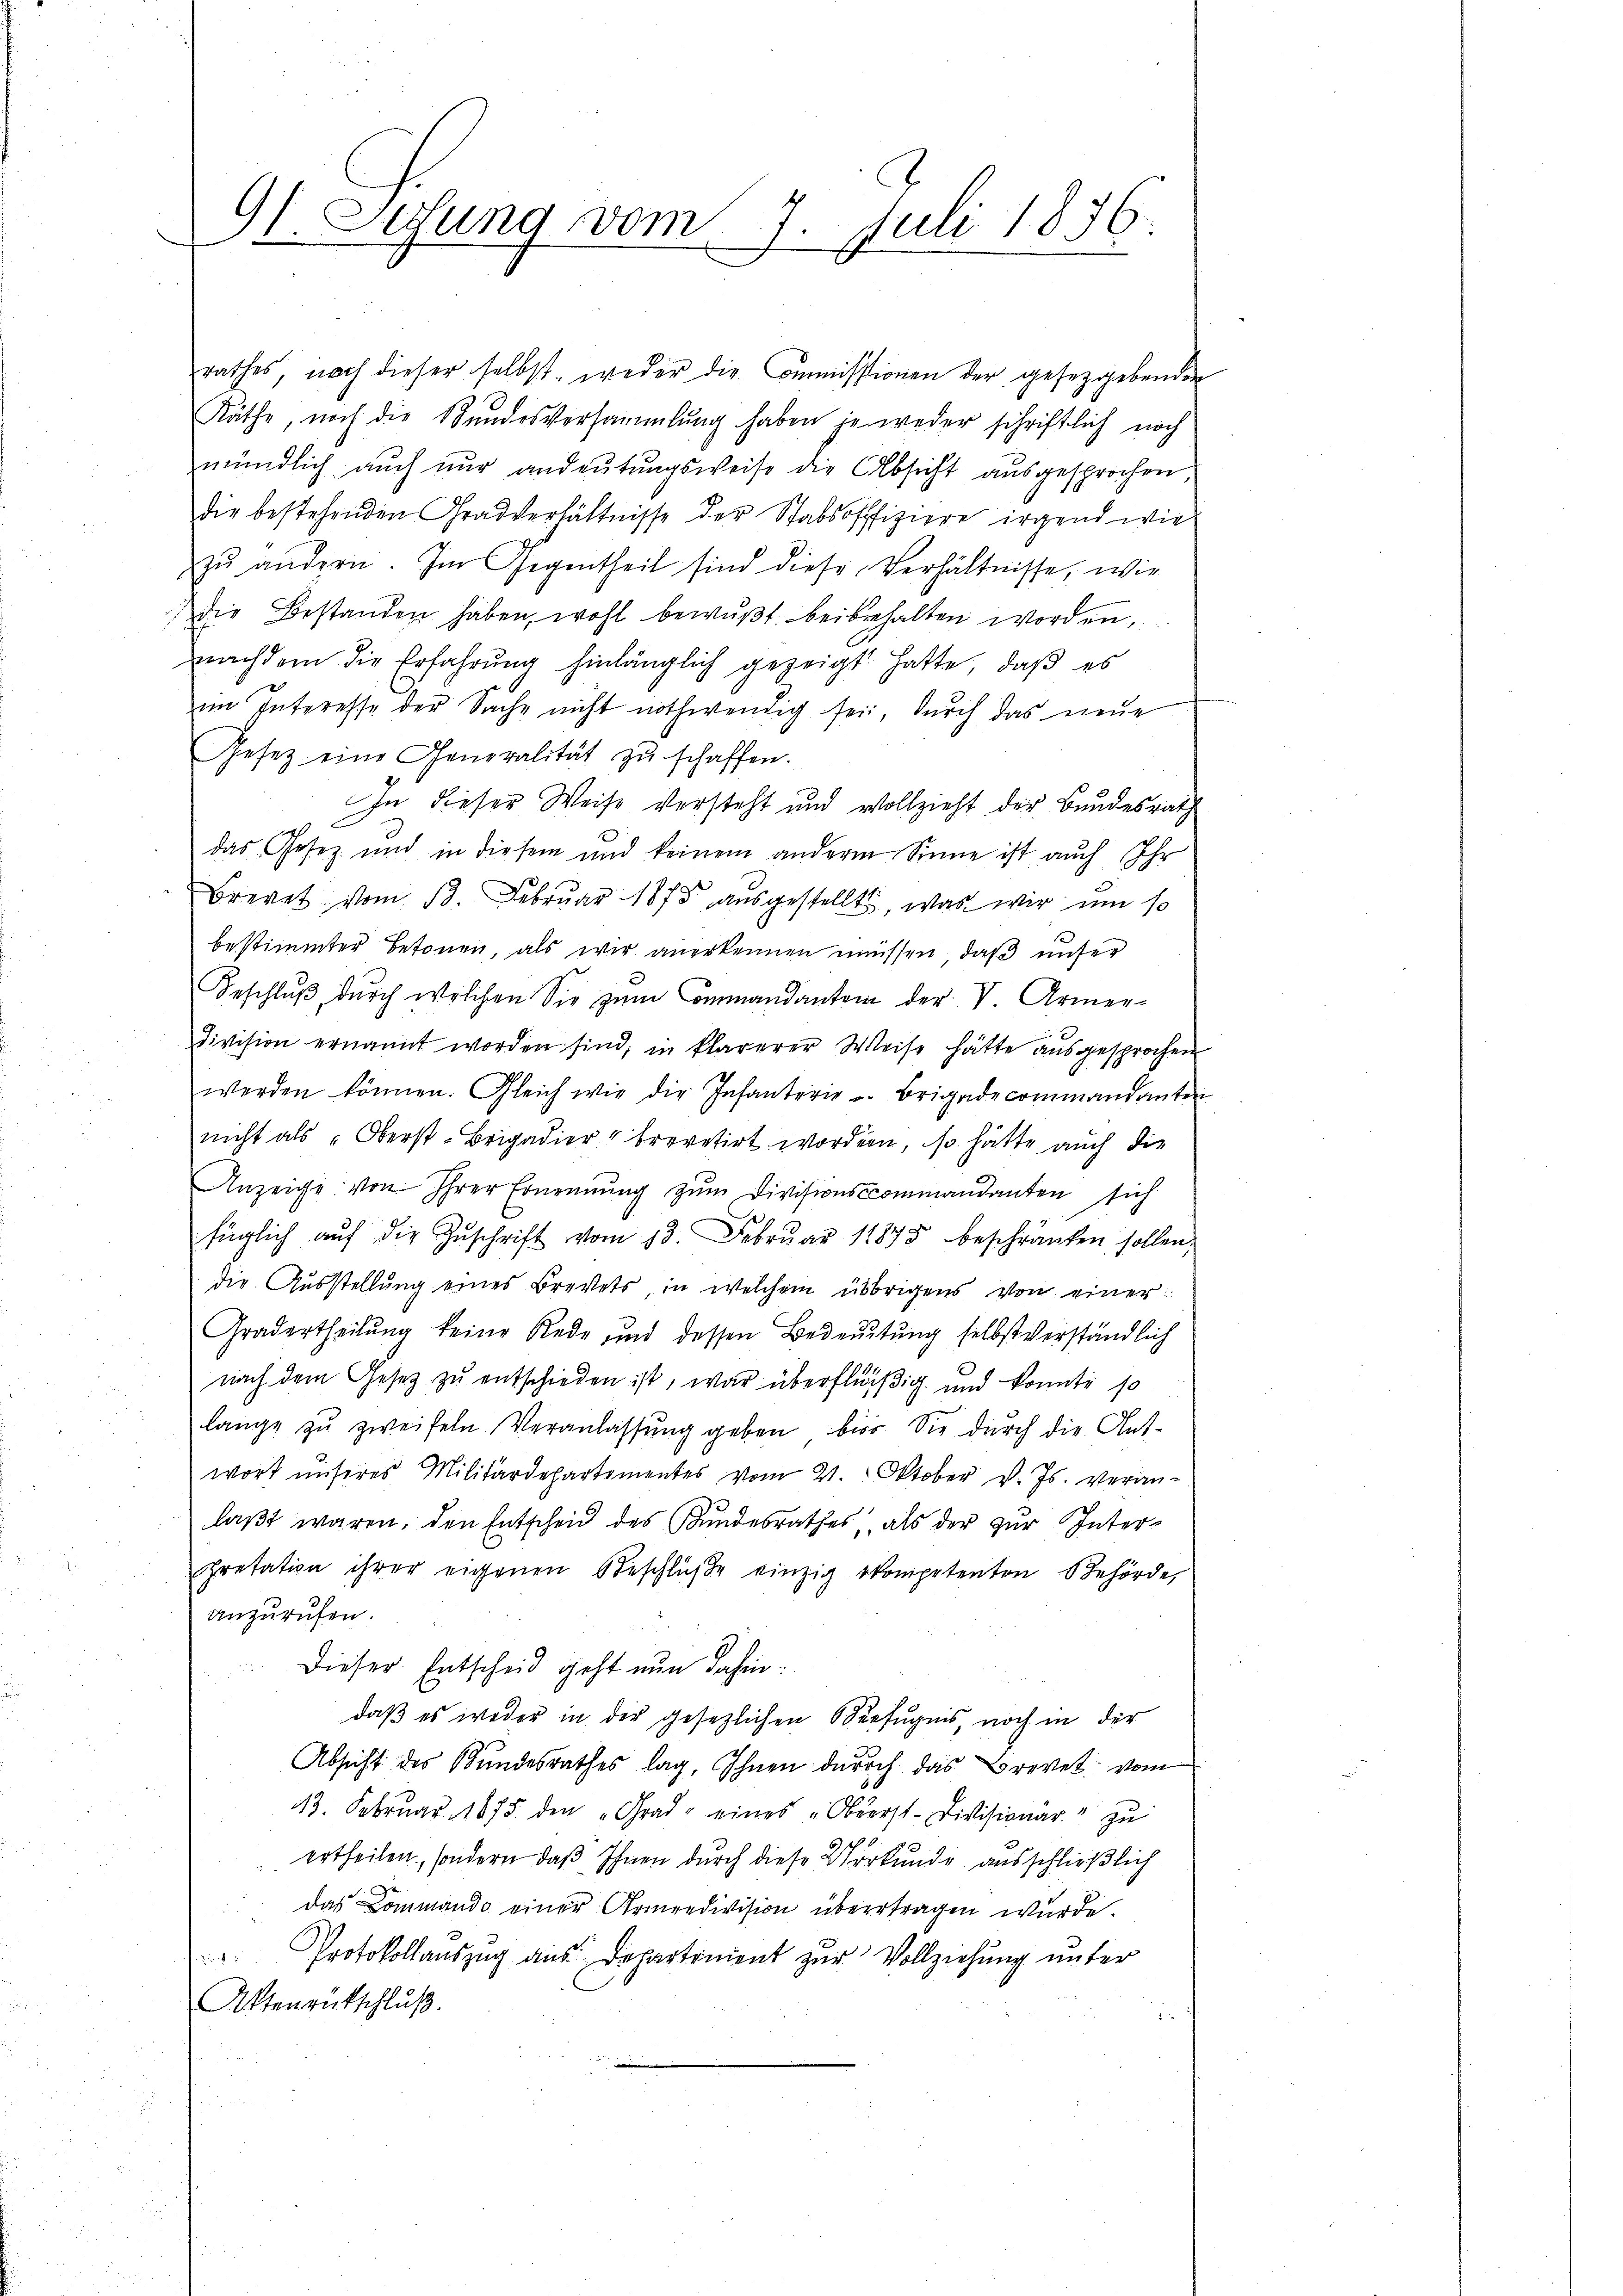
91. Lesung vom 7. Juli 1876.

rathes, nach dieser selbst, weder die Commissionen der gesetzgebender
Räthe, noch die Stundesversammlung haben je weder schriftlich noch
mündlich auch nur andeutungsweise die Absicht ausgesprochen
die bestehenden Gradverhältnisse der Stabsoffiziere irgend wie
zŭ andern. Im Gegentheil sind diese Verhältnisse, wie
Die Bestanden haben, wohl bewußt beibehalten worden,
nachdem die Erfahrung hinlänglich gezeigt hatte, daß es
im Interesse der Sache nicht nothwendig sei, durch das neue
Gesetz eine Generalität zu schaffen.
In dieser Weise versteht und vollzieht der Bundesrath
das Gesez und in diesem und keinem anderm Sinne ist auch Ihr
Brevet vom 13. Februar 1878 ausgestellt, was wir um so
bestimmter Betonen, als wir anerkennen müssen, daß unser
Beschlŭβ dŭrch welchen Sie zum Commandanten der V. Armen-
Division ernannt worden sind, in klarerer Weise hätte ausgesprochen
werden können. Gleich wie die Infanterie u. Brigadecommandanten
nicht als Oberst-Brigadier brevetirt worden, so hätte auch die
Anzeige von ihrer Ernennung zŭm Divisionscommandanten sich
füglich aŭf die Zŭschrift vom 13. Febrŭar 1875 beschränken sollen,
die Ausstellung eines Brevets, in welchem übrigens von einer
Gradertheilung keine Rede und dessen Bedeutung selbst verständlich
nach dem Gesetz zu entschieden ist, war überflüßig und konnte so
lange zŭ zweifeln Veranlassŭng geben bis Sie dŭrch die Ant-
wort unseres Militärdepartementes vom 21. Oktober v. Js. veran-
laßt waren, den Entscheid des Kundesrathes als der zur Interpretation ihrer eigenen Beschlüβe einzig kompetenten Behörde,
anzurufen.
Dieser Entscheid geht nun dahin:
daß es weder in der gesezlichen Verfugnis, noch in der
Absicht des Bundesrathes lag, Ihnen durch das Brevet vom
13. Februar 1875 den „Grad eines „Oberst-Divisionär" zŭ
ertheilen, sondern daß Ihnen durch diese Verkunde ausschließlich
Das Commando einer Armeedivision übertragen wurde.
 Protokollauszug aus Departement zur Vollziehung unter
Aktenrütschluß.